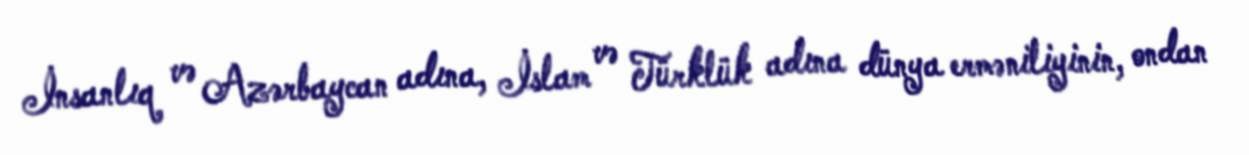
İnsanlıq və Azərbaycan adına, İslam və Türklük adına dünya erməniliyinin, ondan